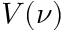
V ( \nu )